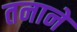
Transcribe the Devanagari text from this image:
तनाने